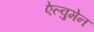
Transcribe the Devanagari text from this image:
ऐल्वुमेन